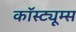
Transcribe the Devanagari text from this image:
कॉस्ट्यूम्स